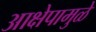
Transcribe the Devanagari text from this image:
आक्षेपामुळे